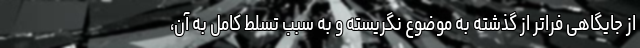
از جایگاهی فراتر از گذشته به موضوع نگریسته و به سبب تسلط کامل به آن،